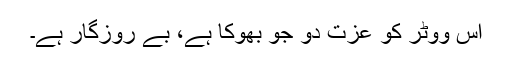
اس ووٹر کو عزت دو جو بھوکا ہے، بے روزگار ہے۔